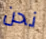
نحن